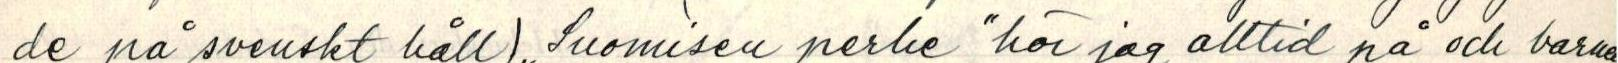
de på svenskt håll) ,,Suomisen perhe" hör jag alltid på och barna